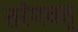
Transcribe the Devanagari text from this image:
तरंगवत्